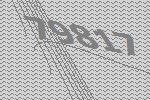
79817